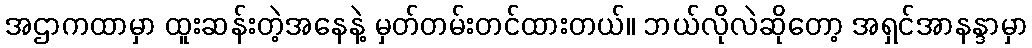
အဌာကထာမှာ ထူးဆန်းတဲ့အနေနဲ့ မှတ်တမ်းတင်ထားတယ်။ ဘယ်လိုလဲဆိုတော့ အရှင်အာနန္ဒာမှာ